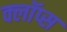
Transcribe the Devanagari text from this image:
क्लॉप्स